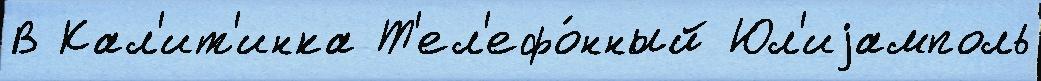
В Кал'ит'инка Т'ел'ефо́нный Юл'иjамполь